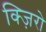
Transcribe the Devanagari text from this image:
क्ज़िरो